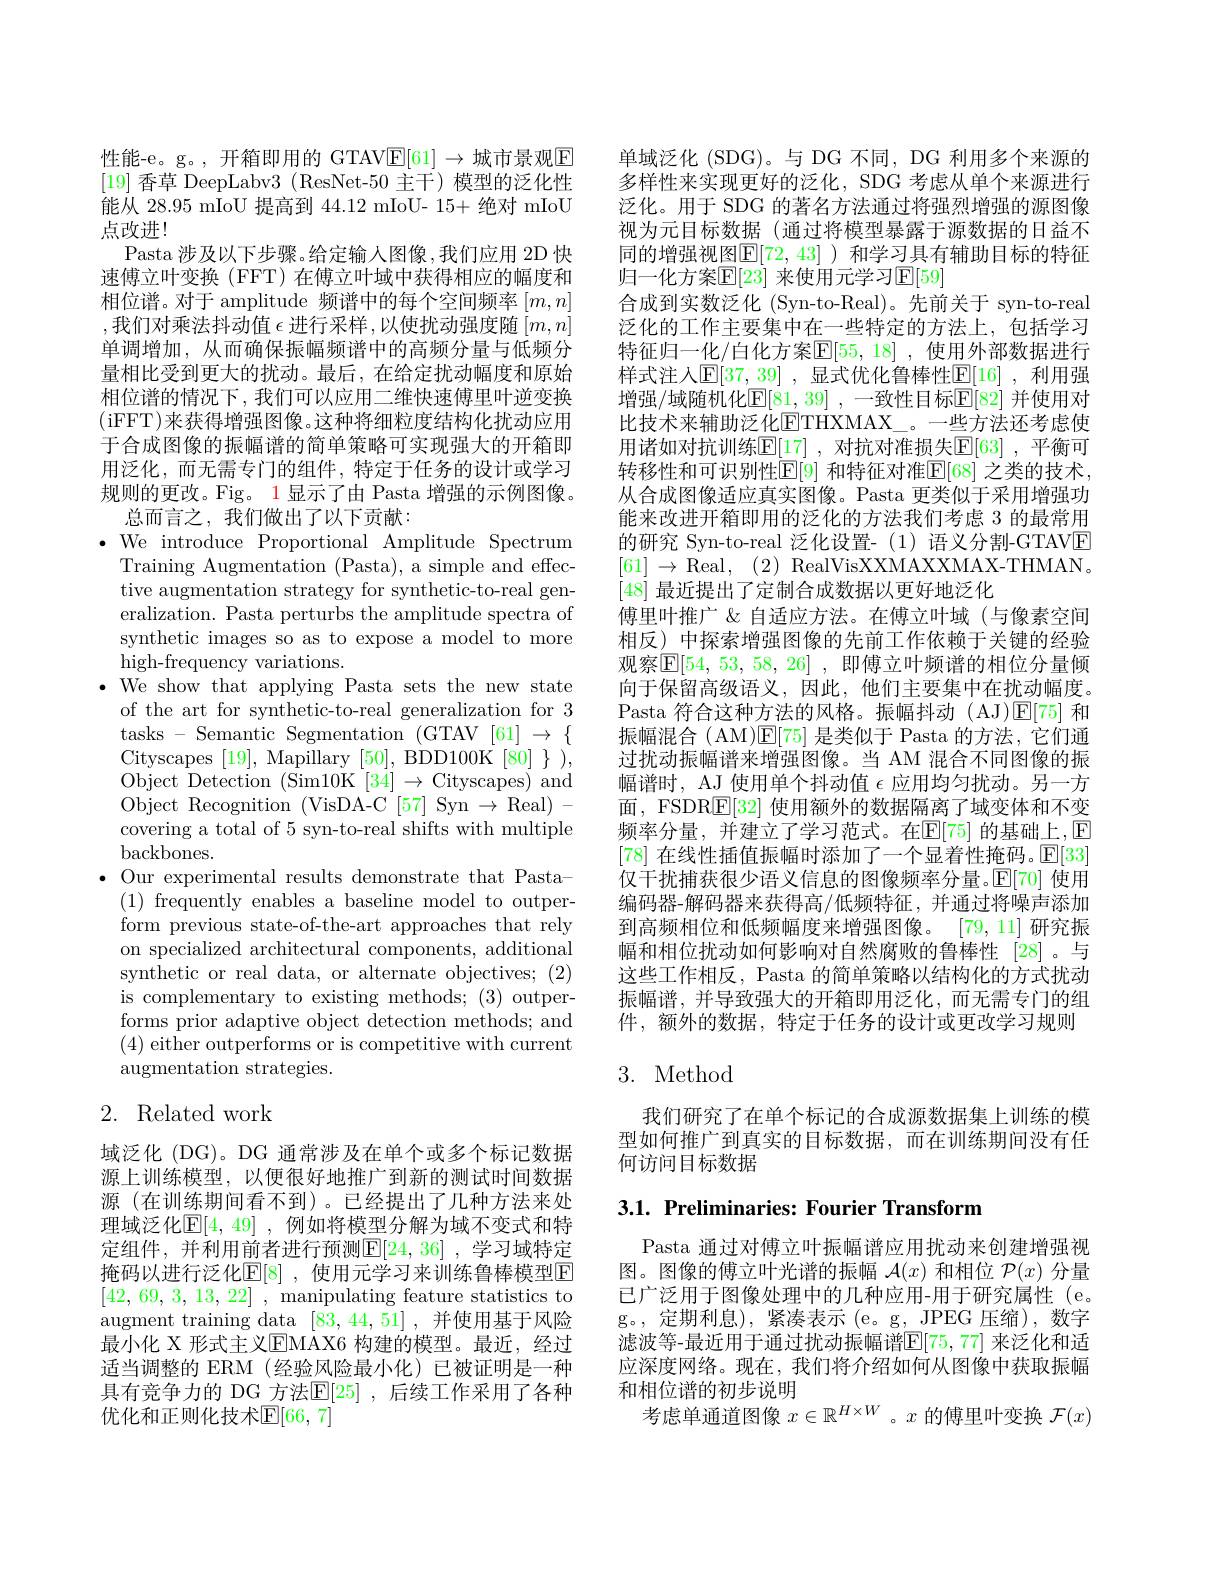
性能-e。g。,开箱即用的 GTAV$\underline{\mathrm{E}}[61]\to$城市景观$\overline{\mathrm{E}}$ [19]香草 DeepLabv3 (ResNet-50 主干)模型的泛化性能从 28.95 mIoU 提高到 44.12 mIoU- 15+ 绝对 mIoU 点改进！
Pasta 涉及以下步骤。给定输人图像，我们应用 2D 快速傅立叶变换 (FFT) 在傅立叶域中获得相应的幅度和相位谱。对于 amplitude 频谱中的每个空间频率$[m,n]$ ,我们对乘法抖动值 $\epsilon$ 进行采样 ,以使扰动强度随 $[m,n]$ 单调增加，从而确保振幅频谱中的高频分量与低频分量相比受到更大的扰动。最后，在给定扰动幅度和原始相位谱的情况下，我们可以应用二维快速傅里叶逆变换(iFFT)来获得增强图像。这种将细粒度结构化扰动应用于合成图像的振幅谱的简单策略可实现强大的开箱即用泛化，而无需专门的组件，特定于任务的设计或学习规则的更改。Fig。1显示了由 Pasta 增强的示例图像。
总而言之，我们做出了以下贡献：
$\cdot$ We introduce Proportional Amplitude Spectrum
Training Augmentation (Pasta), a simple and effective augmentation strategy for synthetic-to-real generalization. Pasta perturbs the amplitude spectra of synthetic images so as to expose a model to more high-frequency variations.
$\cdot$ We show that applying Pasta sets the new state
of the art for synthetic-to-real generalization for 3 tasks - Semantic Segmentation (GTAV[61] → $\{$ Cityscapes [19], Mapillary [50], BDD100K$[80]\})$, Object Detection (Sim10K[34]→Cityscapes) and Object Recognition ( VisDA- C[ 57] Syn$\to$Real) - covering a total of 5 syn-to-real shifts with multiple backbones.
$\bullet$ Our experimental results demonstrate that Pasta-
(1) frequently enables a baseline model to outperform previous state-of-the-art approaches that rely on specialized architectural components, additional synthetic or real data, or alternate objectives; (2) is complementary to existing methods; (3) outperforms prior adaptive object detection methods; and (4) either outperforms or is competitive with current augmentation strategies.

## 2. Related work

域泛化 (DG)。DG 通常涉及在单个或多个标记数据源上训练模型，以便很好地推广到新的测试时间数据源(在训练期间看不到)。已经提出了几种方法来处理域泛化$\mathbb{E}[4,49]$ ,例如将模型分解为域不变式和特定组件，并利用前者进行预测$\mathbb{E}[24,36]$,学习域特定掩码以进行泛化$\mathbb{E}[8]$ ,使用元学习来训练鲁棒模型$\mathbb{E}$ [42,69,3,13,22] , manipulating feature statistics to augment training data [83,44,51],并使用基于风险最小化 X 形式主义$\overline{\mathrm{E}}$MAX6 构建的模型。最近，经过适当调整的 ERM (经验风险最小化)已被证明是一种具有竞争力的 DG 方法$\mathbb{E}[25]$ ,后续工作采用了各种优化和正则化技术$\mathbb{E}[66,7]$

单域泛化 (SDG)。与 DG 不同，DG 利用多个来源的多样性来实现更好的泛化，SDG 考虑从单个来源进行泛化。用于 SDG 的著名方法通过将强烈增强的源图像视为元目标数据(通过将模型暴露于源数据的日益不同的增强视图$\underline{\mathbb{E}}[72,43]$ )和学习具有辅助目标的特征归一化方案$\mathbb{E}[23]$ 来使用元学习$\mathbb{E}[59]$
合成到实数泛化 (Syn-to-Real)。先前关于 syn-to-real 泛化的工作主要集中在一些特定的方法上，包括学习特征归一化/白化方案$\overline\mathbb{E}[55,18]$ ,使用外部数据进行样式注人$\mathbb{E}[37,39]$ ,显式优化鲁棒性$\mathbb{E}[16]$ ,利用强增强/域随机化E$[ 81, 39] , 一 致 性 目 标 [ 82] $并使用对比技术来辅助泛化$\underline{\mathrm{ETHXMAX\_。}}$一些方法还考虑使用诸如对抗训练$\mathbb{E}[17]$ ,对抗对准损失$\mathbb{E}[63]$ ,平衡可转移性和可识别性$\mathbb{E}[9]$ 和特征对准$\mathbb{E}[68]$ 之类的技术， 从合成图像适应真实图像。Pasta 更类似于采用增强功能来改进开箱即用的泛化的方法我们考虑 3 的最常用的研究 Syn-to-real 泛化设置-(1)语义分割-GTAVE $[61]\to$Real, (2) RealVisXXMAXXMAX-THMAN。[48]最近提出了定制合成数据以更好地泛化
傅里叶推广 &自适应方法。在傅立叶域(与像素空间相反) 中探索增强图像的先前工作依赖于关键的经验观察$\boxed{\mathrm{E}}[54,53,58,26]$ ,即傅立叶频谱的相位分量倾向于保留高级语义，因此，他们主要集中在扰动幅度。Pasta 符合这种方法的风格。振幅抖动(AJ)$\mathbb{E}[75]$和振幅混合( AM)$\mathbb{E}[75]$是类似于 Pasta 的方法，它们通过扰动振幅谱来增强图像。当 AM 混合不同图像的振幅谱时，AJ 使用单个抖动值$\epsilon$应用均匀扰动。另一方面，FSDRE[32] 使用额外的数据隔离了域变体和不变频率分量，并建立了学习范式。在$\mathbb{E}[75]$ 的基础上，$\mathbb{E}$ [78]在线性插值振幅时添加了一个显着性掩码。$\mathbb{E}[33]$ 仅干扰捕获很少语义信息的图像频率分量。$\mathbb{E}[70]$使用编码器-解码器来获得高/低频特征，并通过将噪声添加到高频相位和低频幅度来增强图像。[79,11] 研究振幅和相位扰动如何影响对自然腐败的鲁棒性 [28]。与这些工作相反，Pasta 的简单策略以结构化的方式扰动振幅谱，并导致强大的开箱即用泛化，而无需专门的组件，额外的数据，特定于任务的设计或更改学习规则

## 3. Method

我们研究了在单个标记的合成源数据集上训练的模型如何推广到真实的目标数据，而在训练期间没有任何访问目标数据

3.1. Preliminaries: Fourier Transform

Pasta 通过对傅立叶振幅谱应用扰动来创建增强视图。图像的傅立叶光谱的振幅$\mathcal{A}(x)$和相位$\mathcal{P}(x)$分量已广泛用于图像处理中的几种应用-用于研究属性 (e。g。,定期利息),紧凑表示(e。g,JPEG 压缩),数字滤波等-最近用于通过扰动振幅谱$\mathbb{E}[75,77]$ 来泛化和适应深度网络。现在，我们将介绍如何从图像中获取振幅和相位谱的初步说明
考虑单通道图像$x\in\mathbb{R}^H\times W$ 。$x$的傅里叶变换$\mathcal{F}(x)$